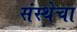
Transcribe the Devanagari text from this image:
संस्‍थेचा